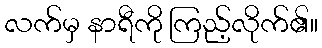
လက်မှ နာရီကို ကြည့်လိုက်၏။